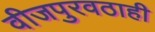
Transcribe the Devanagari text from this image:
वीजपुरवठाही